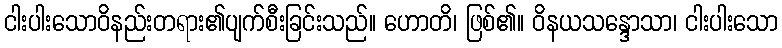
ငါးပါးသောဝိနည်းတရား၏ပျက်စီးခြင်းသည်။ ဟောတိ၊ ဖြစ်၏။ ဝိနယသန္ဒောသာ၊ ငါးပါးသော